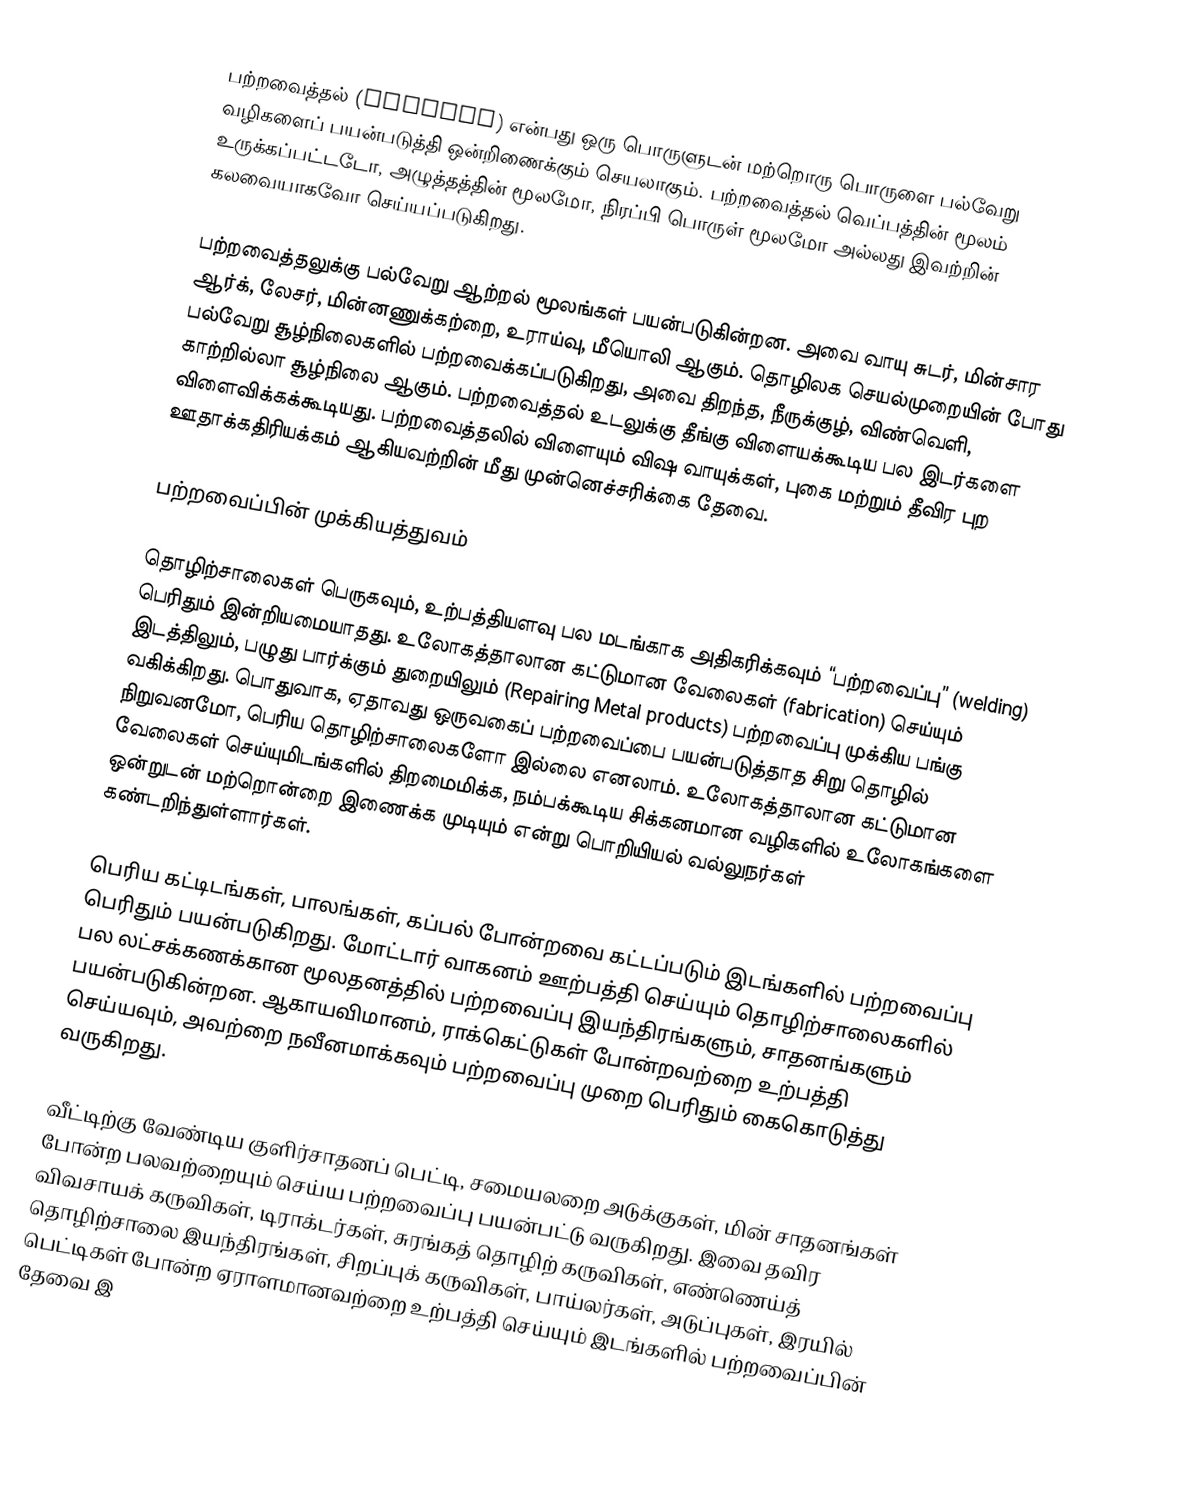
பற்றவைத்தல் (Welding) என்பது ஒரு பொருளுடன் மற்றொரு பொருளை பல்வேறு வழிகளைப் பயன்படுத்தி  ஒன்றிணைக்கும் செயலாகும். பற்றவைத்தல் வெப்பத்தின் மூலம் உருக்கப்பட்டடோ, அழுத்தத்தின் மூலமோ, நிரப்பி பொருள் மூலமோ அல்லது இவற்றின் கலவையாகவோ செய்யப்படுகிறது.

பற்றவைத்தலுக்கு பல்வேறு ஆற்றல் மூலங்கள் பயன்படுகின்றன. அவை வாயு சுடர், மின்சார ஆர்க், லேசர், மின்னணுக்கற்றை, உராய்வு, மீயொலி ஆகும். தொழிலக செயல்முறையின் போது பல்வேறு சூழ்நிலைகளில் பற்றவைக்கப்படுகிறது, அவை திறந்த, நீருக்குழ், விண்வெளி, காற்றில்லா சூழ்நிலை ஆகும். பற்றவைத்தல் உடலுக்கு தீங்கு விளையக்கூடிய பல இடர்களை விளைவிக்கக்கூடியது. பற்றவைத்தலில் விளையும் விஷ வாயுக்கள், புகை மற்றும் தீவிர புற ஊதாக்கதிரியக்கம் ஆகியவற்றின் மீது முன்னெச்சரிக்கை தேவை.

பற்றவைப்பின் முக்கியத்துவம்

தொழிற்சாலைகள் பெருகவும், உற்பத்தியளவு பல மடங்காக அதிகரிக்கவும் “பற்றவைப்பு” (welding) பெரிதும் இன்றியமையாதது. உலோகத்தாலான கட்டுமான வேலைகள் (fabrication) செய்யும் இடத்திலும், பழுது பார்க்கும் துறையிலும் (Repairing Metal products) பற்றவைப்பு முக்கிய பங்கு வகிக்கிறது. பொதுவாக, ஏதாவது ஒருவகைப் பற்றவைப்பை பயன்படுத்தாத சிறு தொழில் நிறுவனமோ, பெரிய தொழிற்சாலைகளோ இல்லை எனலாம். உலோகத்தாலான கட்டுமான வேலைகள் செய்யுமிடங்களில் திறமைமிக்க, நம்பக்கூடிய சிக்கனமான வழிகளில் உலோகங்களை ஒன்றுடன் மற்றொன்றை இணைக்க முடியும் என்று பொறியியல் வல்லுநர்கள் கண்டறிந்துள்ளார்கள்.

பெரிய கட்டிடங்கள், பாலங்கள், கப்பல் போன்றவை கட்டப்படும் இடங்களில் பற்றவைப்பு பெரிதும் பயன்படுகிறது. மோட்டார் வாகனம் ஊற்பத்தி செய்யும் தொழிற்சாலைகளில் பல லட்சக்கணக்கான மூலதனத்தில் பற்றவைப்பு இயந்திரங்களும், சாதனங்களும் பயன்படுகின்றன. ஆகாயவிமானம், ராக்கெட்டுகள் போன்றவற்றை உற்பத்தி செய்யவும், அவற்றை நவீனமாக்கவும் பற்றவைப்பு முறை பெரிதும் கைகொடுத்து வருகிறது.

வீட்டிற்கு வேண்டிய குளிர்சாதனப் பெட்டி, சமையலறை அடுக்குகள், மின் சாதனங்கள் போன்ற பலவற்றையும் செய்ய பற்றவைப்பு பயன்பட்டு வருகிறது. இவை தவிர விவசாயக் கருவிகள், டிராக்டர்கள், சுரங்கத் தொழிற் கருவிகள், எண்ணெய்த் தொழிற்சாலை இயந்திரங்கள், சிறப்புக் கருவிகள், பாய்லர்கள், அடுப்புகள், இரயில் பெட்டிகள் போன்ற ஏராளமானவற்றை உற்பத்தி செய்யும் இடங்களில் பற்றவைப்பின் தேவை இ